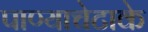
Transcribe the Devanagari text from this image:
पाण्याचेटाके